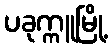
ပခုက္ကူမြို့